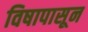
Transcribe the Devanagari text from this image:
विषापासून